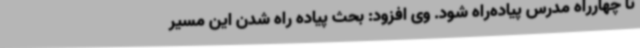
تا چهارراه مدرس پیاده‌راه شود. وی افزود: بحث پیاده راه شدن این مسیر